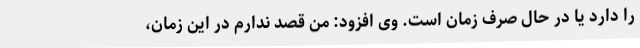
را دارد یا در حال صرف زمان است. وی افزود: من قصد ندارم در این زمان،